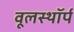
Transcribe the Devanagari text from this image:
वूलस्थॉर्प